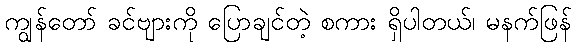
ကျွန်တော် ခင်ဗျားကို ပြောချင်တဲ့ စကား ရှိပါတယ်၊ မနက်ဖြန်